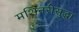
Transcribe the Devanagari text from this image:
मशिनरीसुद्धा